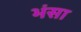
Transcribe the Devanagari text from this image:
भंसा